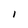
Character: 1